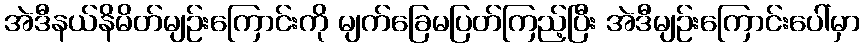
အဲဒီနယ်နိမိတ်မျဉ်းကြောင်းကို မျက်ခြေမပြတ်ကြည့်ပြီး အဲဒီမျဉ်းကြောင်းပေါ်မှာ